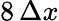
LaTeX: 8\, \Delta x